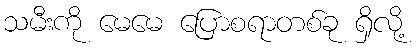
သမီးကို မေမေ ပြောစရာတစ်ခု ရှိလို့